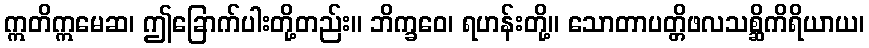
ဣတိဣမေဆ၊ ဤခြောက်ပါးတို့တည်း။ ဘိက္ခဝေ၊ ရဟန်းတို့။ သောတာပတ္တိဖလသစ္ဆိကိရိယာယ၊